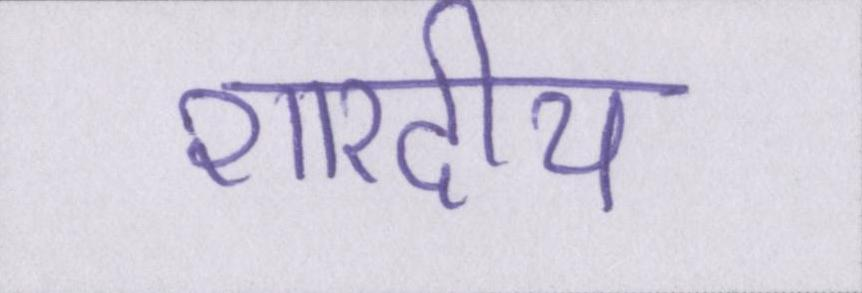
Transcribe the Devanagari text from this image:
शारदीय